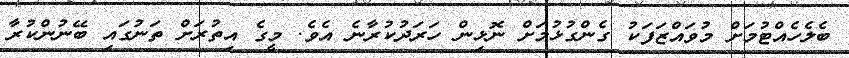
ބެލެހެއްޓުމަށް މުވައްޒަފަކު ގެންގުޅުމަށް ނޮޅިން ހަރަދުކުރާނެ އެވެ. މީގެ އިތުރަށް ތަނުގައި ބޭނުންކުރާ